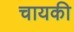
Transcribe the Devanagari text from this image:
चायकी